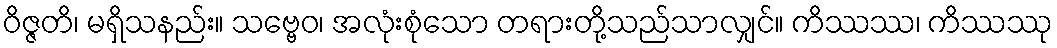
ဝိဇ္ဇတိ၊ မရှိသနည်း။ သဗ္ဗေဝ၊ အလုံးစုံသော တရားတို့သည်သာလျှင်။ ကိဿဿ၊ ကိဿဿု